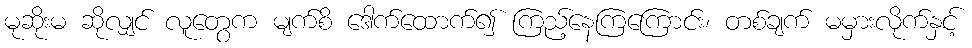
မုဆိုးမ ဆိုလျှင် လူတွေက မျက်စိ ဒေါက်ထောက်၍ ကြည့်နေကြကြောင်း၊ တစ်ချက် မမှားလိုက်နှင့်